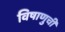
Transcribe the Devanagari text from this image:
विषाणुची